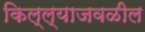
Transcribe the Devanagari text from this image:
किल्ल्याजवळील